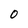
Character: O